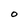
Character: O